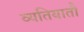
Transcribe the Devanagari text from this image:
व्यतियातौ